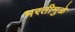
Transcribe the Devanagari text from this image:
भरतीमुळे